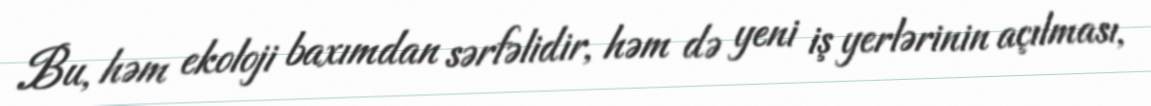
Bu, həm ekoloji baxımdan sərfəlidir, həm də yeni iş yerlərinin açılması,